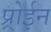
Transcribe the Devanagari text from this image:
प्र्रोईन